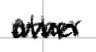
Text: other
Cross-out: zig-zag
Writing tool: digital_black